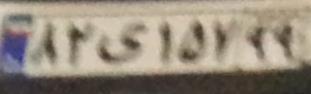
۸۲ی۱۵۷۹۹